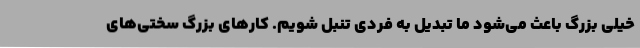
خیلی بزرگ باعث می‌شود ما تبدیل به فردی تنبل شویم. کارهای بزرگ سختی‌های